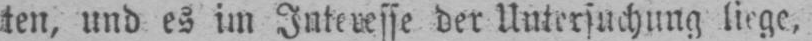
der Untersuchung liege,